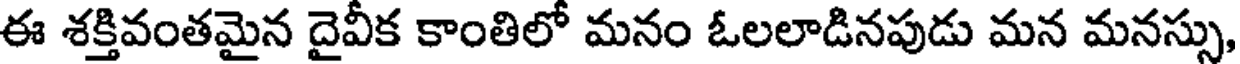
ఈ శక్తివంతమైన దైవీక కాంతిలో మనం ఓలలాడినపుడు మన మనస్సు,